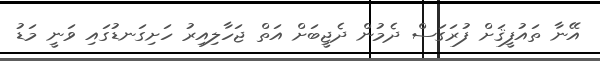
އޭނާ ތައުފީޤަށް ފުރަގަސް ދެމުން ދެޖީބަށް އަތް ޖަހާލިއިރު ހަށިގަނޑުގައި ވަނީ މަޑު